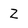
Character: Z